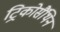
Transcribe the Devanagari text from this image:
ट्रिकोसैंथिन